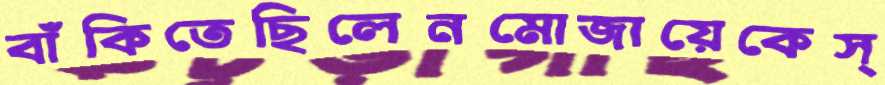
বাঁকিতেছিলেনমোজায়েকেস্